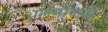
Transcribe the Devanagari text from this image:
अलगावादी